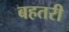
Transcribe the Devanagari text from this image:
बहतरी